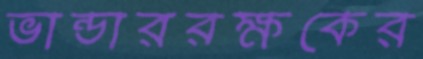
ভান্ডাররক্ষকের